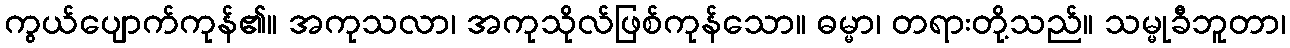
ကွယ်ပျောက်ကုန်၏။ အကုသလာ၊ အကုသိုလ်ဖြစ်ကုန်သော။ ဓမ္မာ၊ တရားတို့သည်။ သမ္မုခီဘူတာ၊